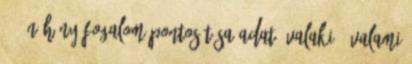
5 5 Néhány fogalom pontosítása Adat: valaki valami